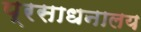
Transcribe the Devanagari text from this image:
प्रसाधनालय